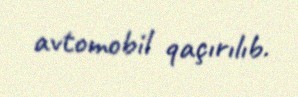
avtomobil qaçırılıb.